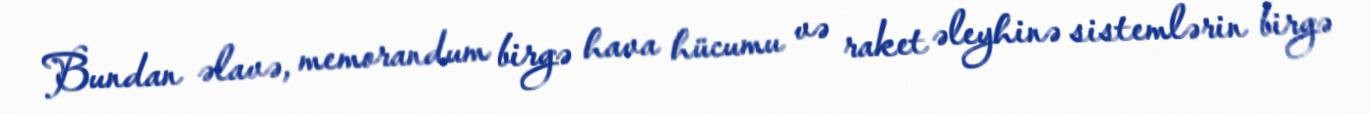
Bundan əlavə, memorandum birgə hava hücumu və raket əleyhinə sistemlərin birgə